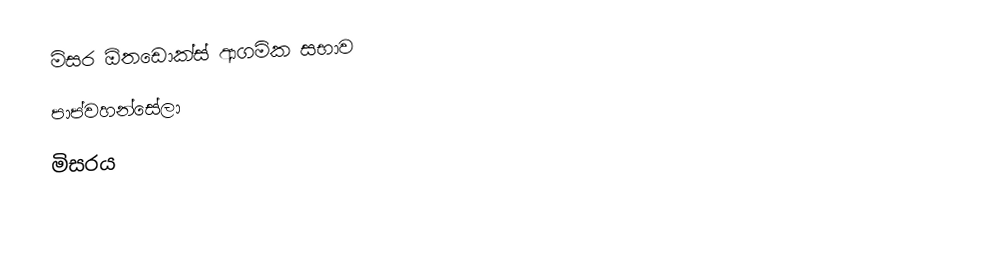
මිසර ඕතඩොක්ස් ආගමික සභාව
පාප්වහන්සේලා
මිසරය